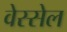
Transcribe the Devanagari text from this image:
वेस्सेल